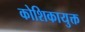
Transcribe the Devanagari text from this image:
कोशिकायुक्त